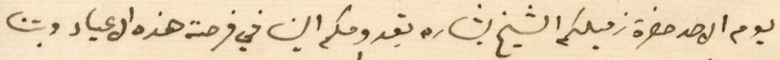
يوم الاحد حضرة زميلكم الشيخ بشاره بقدومكم الينا في فرصة هذه الاعياد وبتنا